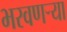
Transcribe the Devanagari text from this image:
भरवणऱ्या